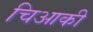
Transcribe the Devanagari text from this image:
चिआकी